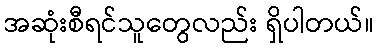
အဆုံးစီရင်သူတွေလည်း ရှိပါတယ်။